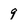
Character: 9